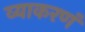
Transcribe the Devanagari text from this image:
व्याकरणं